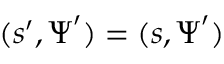
( \boldsymbol s ^ { \prime } , \boldsymbol \Psi ^ { \prime } ) = ( \boldsymbol s , \boldsymbol \Psi ^ { \prime } )